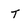
Character: t